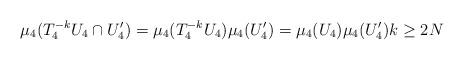
LaTeX: \begin{align*}\mu_4(T_4^{-k} U_4 \cap U_4') = \mu_4(T_4^{-k} U_4) \mu_4(U_4') = \mu_4(U_4) \mu_4(U_4') k \geq 2N\end{align*}